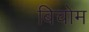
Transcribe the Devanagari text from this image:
बिचोम